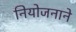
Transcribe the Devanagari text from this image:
नियोजनाने